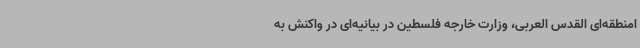
امنطقه‌ای القدس العربی، وزارت خارجه فلسطین در بیانیه‌ای در واکنش به